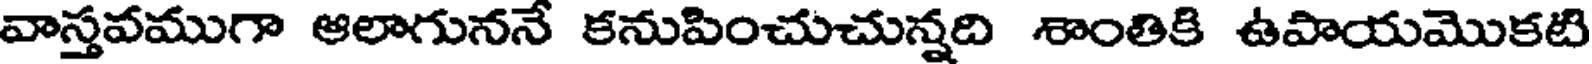
వాస్తవముగా ఆలాగుననే కనుపించుచున్నది శాంతికి ఉపాయమొకటి